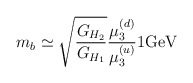
\begin{align*}m_b\simeq {\sqrt{G_{H_2}\over G_{H_1}}}{\mu^{(d)}_{3}\over\mu^{(u)}_{3}}{1} {\rm GeV}\end{align*}